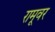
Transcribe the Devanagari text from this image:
रामूवर